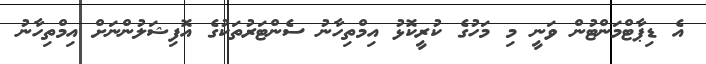
އެ ޑިޕާޓްމަންޓުން ވަނީ މި މަހުގެ ކުރީކޮޅު އިމްތިހާނު ސެންޓަރުތަކުގެ އޮފިޝަލުންނަށް އިމްތިހާނު